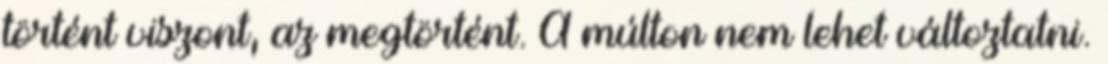
történt viszont, az megtörtént. A múlton nem lehet változtatni.